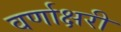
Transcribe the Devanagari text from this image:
वर्णाक्षरी